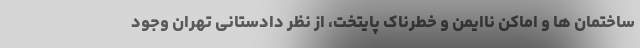
ساختمان ها و اماکن ناایمن و خطرناک پایتخت، از نظر دادستانی تهران وجود